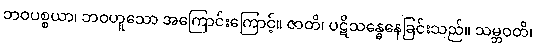
ဘဝပစ္စယာ၊ ဘဝဟူသော အကြောင်းကြောင့်။ ဇာတိ၊ ပဋိသန္ဓေနေခြင်းသည်။ သမ္ဘဝတိ၊